Leaving Certificate Examination, 1902
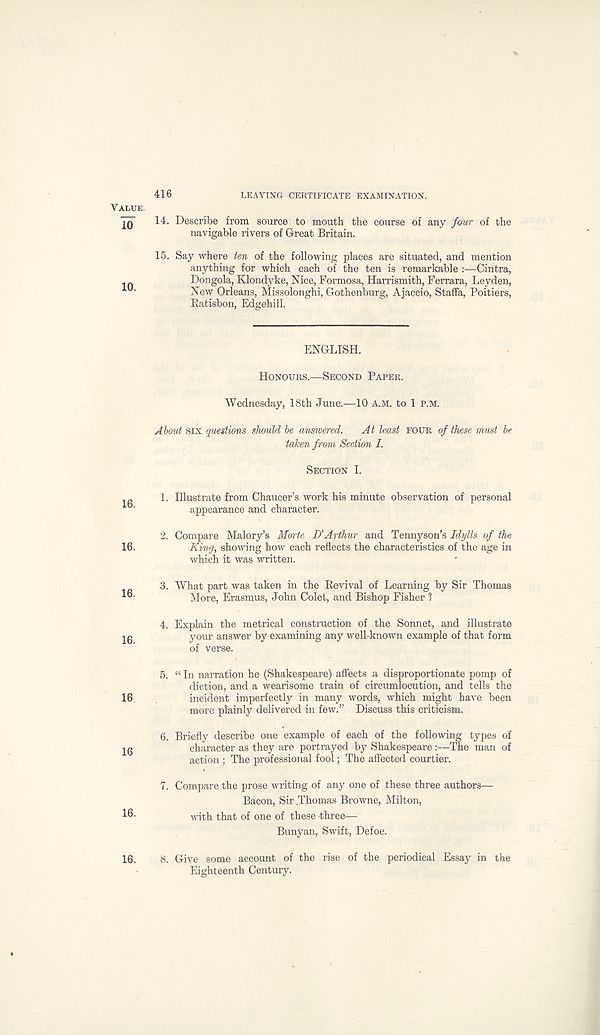
VALUE.
To
10.
16.
16.
16,
16.
16
16
16.
16.
416
LEAVING CERTIFICATE EXAMINATION.
14. Describe from source to mouth the course of any four of the
navigable rivers of Great Britain.
15. Say where ten of the following places are situated, and mention
anything for which each of the ten is remarkable :—Cintra,
Dongola, Klondyke, Nice, Formosa, Harrismith, Ferrara, Leyden,
New Orleans, Missolonghi, Gothenburg, Ajaccio, Staffa, Poitiers,
Ratisbon, Edgehill.
ENGLISH.
HONOURS.—SECOND PAPER.
Wednesday, 18th June.—10 A.M. to 1 P.M.
About Six questions should be answered.
At least FOUR of these must be
taken from Section I.
SECTION I.
1. Illustrate from Chaucer’s work his minute observation of personal
appearance and character.
2. Compare Malory’s Morte D’Arthur and Tennyson’s Idylls of the
King, showing how each reflects the characteristics of the age in
which it was written.
3. What part was taken in the Revival of Learning by Sir Thomas
More, Erasmus, John Colei, and Bishop Fisher 1
4. Explain the metrical construction of the Sonnet, and illustrate
your answer by examining any well-known example of that form
of verse.
5. “ In narration he (Shakespeare) affects a disproportionate pomp of
diction, and a wearisome train of circumlocution, and tells the
incident imperfectly in many words, which might have been
more plainly delivered in few.” Discuss this criticism.
6. Briefly describe one example of each of the following types of
character as they are portrayed by Shakespeare :—The man of
action ; The professional fool; The affected courtier.
7. Compare the prose writing of any one of these three authors—
Bacon, Sir .Thomas Browne, Milton,
with that of one of these three—
Bunyan, Swift, Defoe.
8. Give some account of the rise of the periodical Essay in the
Eighteenth Century.